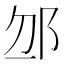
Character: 𨚄